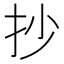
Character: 抄